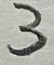
Text: 3